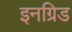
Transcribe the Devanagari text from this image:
इनग्रिड